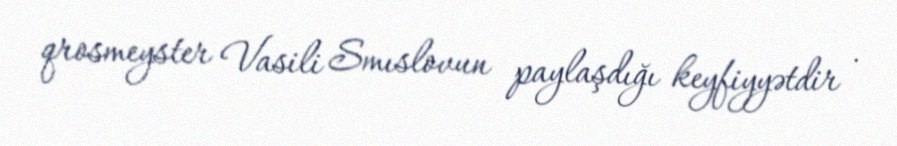
qrosmeyster Vasili Smıslovun paylaşdığı keyfiyyətdir .